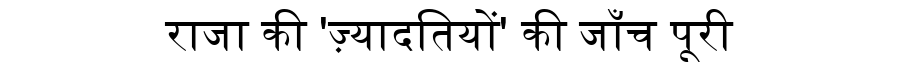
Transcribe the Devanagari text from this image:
राजा की 'ज़्यादतियों' की जाँच पूरी